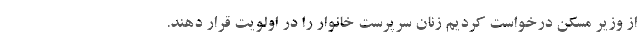
از وزیر مسکن درخواست کردیم زنان سرپرست خانوار را در اولویت قرار دهند.